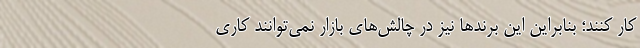
کار کنند؛ بنابراین این برندها نیز در چالش‌های بازار نمی‌توانند کاری